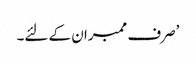
’صرف ممبران کے لئے۔